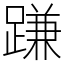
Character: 𨃰